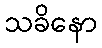
သခိနော